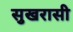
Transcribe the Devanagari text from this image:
सुखरासी